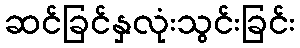
ဆင်ခြင်နှလုံးသွင်းခြင်း